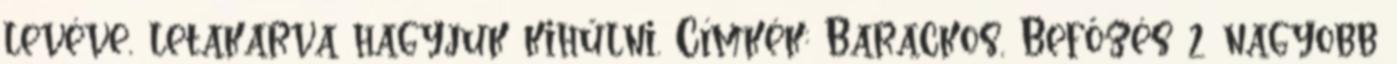
levéve, letakarva hagyjuk kihűlni. Címkék: Barackos, Befőzés 2 nagyobb